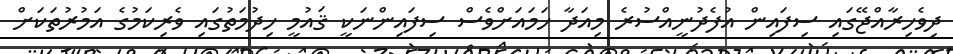
ދިވެހިރާއްޖޭގައި ސިފައިން އުފެދުނީއްސުރެ މިއަދާ ހަމައަށްވެސް ސިފައިންނަކީ ޤައުމީ ޚިދުމަތުގައި ވެރިކަމުގެ އަމުރުތަކަށް